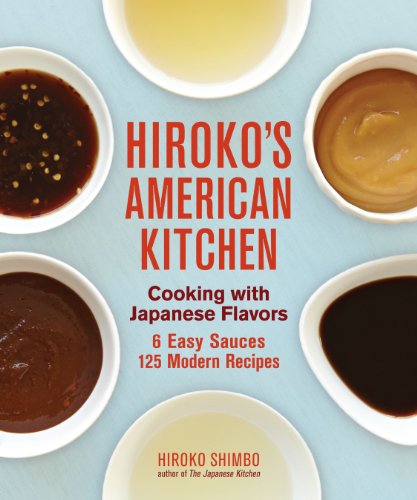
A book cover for Hiroko's American Kitchen: Cooking with Japanese Flavors; Hiroko Shimbo; Cookbooks, Food & Wine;